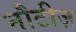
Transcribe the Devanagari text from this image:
नौटीज़